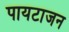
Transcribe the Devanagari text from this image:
पायटाजन